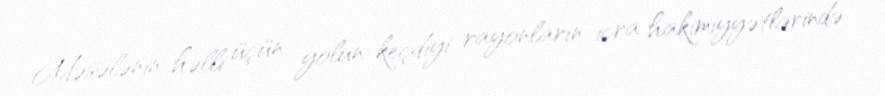
Məsələnin həlli üçün yolun keçdiyi rayonların icra hakimiyyətlərində